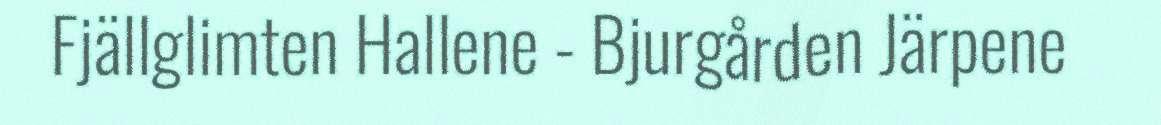
Fjällglimten Hallene - Bjurgården Järpene